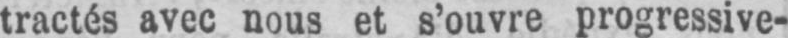
tractés avec nous et s’ouvre progressive-